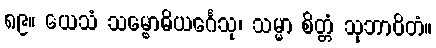
၈၉။ ယေသံ သမ္ဗောဓိယင်္ဂေသု၊ သမ္မာ စိတ္တံ သုဘာဝိတံ။